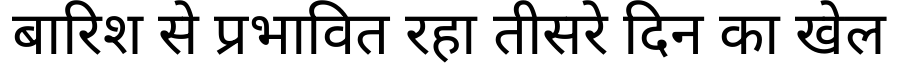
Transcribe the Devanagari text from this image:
बारिश से प्रभावित रहा तीसरे दिन का खेल